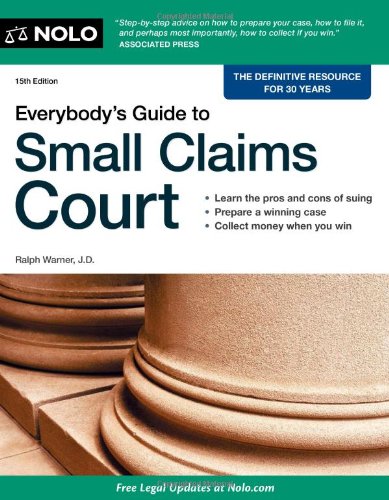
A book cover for Everybody's Guide to Small Claims Court (Everybody's Guide to Small Claims Court. National Edition); Ralph Warner; Law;